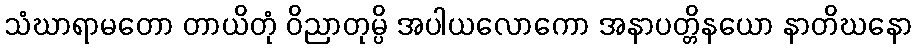
သံဃာရာမတော တာယိတုံ ဝိညာတုမ္ပိ အပါယလောကော အနာပတ္တိနယော နာတိဃနော